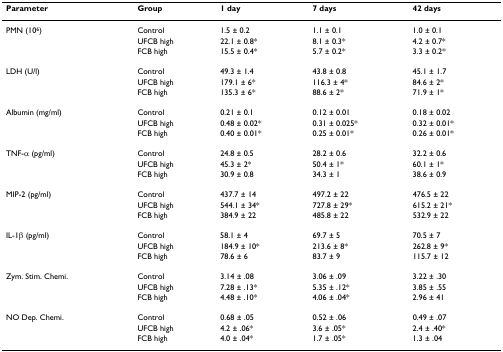
<table><thead><tr><td><b>Parameter</b></td><td><b>Group</b></td><td><b>1 day</b></td><td><b>7 days</b></td><td><b>42 days</b></td></tr></thead><tbody><tr><td>PMN (10<sup>6</sup>)</td><td>Control</td><td>1.5 ± 0.2</td><td>1.1 ± 0.1</td><td>1.0 ± 0.1</td></tr><tr><td></td><td>UFCB high</td><td>22.1 ± 0.8*</td><td>8.1 ± 0.3*</td><td>4.2 ± 0.7*</td></tr><tr><td></td><td>FCB high</td><td>15.5 ± 0.4*</td><td>5.7 ± 0.2*</td><td>3.3 ± 0.2*</td></tr><tr><td>LDH (U/l)</td><td>Control</td><td>49.3 ± 1.4</td><td>43.8 ± 0.8</td><td>45.1 ± 1.7</td></tr><tr><td></td><td>UFCB high</td><td>179.1 ± 6*</td><td>116.3 ± 4*</td><td>84.6 ± 2*</td></tr><tr><td></td><td>FCB high</td><td>135.3 ± 6*</td><td>88.6 ± 2*</td><td>71.9 ± 1*</td></tr><tr><td>Albumin (mg/ml)</td><td>Control</td><td>0.21 ± 0.1</td><td>0.12 ± 0.01</td><td>0.18 ± 0.02</td></tr><tr><td></td><td>UFCB high</td><td>0.48 ± 0.02*</td><td>0.31 ± 0.025*</td><td>0.32 ± 0.01*</td></tr><tr><td></td><td>FCB high</td><td>0.40 ± 0.01*</td><td>0.25 ± 0.01*</td><td>0.26 ± 0.01*</td></tr><tr><td>TNF-α (pg/ml)</td><td>Control</td><td>24.8 ± 0.5</td><td>28.2 ± 0.6</td><td>32.2 ± 0.6</td></tr><tr><td></td><td>UFCB high</td><td>45.3 ± 2*</td><td>50.4 ± 1*</td><td>60.1 ± 1*</td></tr><tr><td></td><td>FCB high</td><td>30.9 ± 0.8</td><td>34.3 ± 1</td><td>38.6 ± 0.9</td></tr><tr><td>MIP-2 (pg/ml)</td><td>Control</td><td>437.7 ± 14</td><td>497.2 ± 22</td><td>476.5 ± 22</td></tr><tr><td></td><td>UFCB high</td><td>544.1 ± 34*</td><td>727.8 ± 29*</td><td>615.2 ± 21*</td></tr><tr><td></td><td>FCB high</td><td>384.9 ± 22</td><td>485.8 ± 22</td><td>532.9 ± 22</td></tr><tr><td>IL-1β (pg/ml)</td><td>Control</td><td>58.1 ± 4</td><td>69.7 ± 5</td><td>70.5 ± 7</td></tr><tr><td></td><td>UFCB high</td><td>184.9 ± 10*</td><td>213.6 ± 8*</td><td>262.8 ± 9*</td></tr><tr><td></td><td>FCB high</td><td>78.6 ± 6</td><td>83.7 ± 9</td><td>115.7 ± 12</td></tr><tr><td>Zym. Stim. Chemi.</td><td>Control</td><td>3.14 ± .08</td><td>3.06 ± .09</td><td>3.22 ± .30</td></tr><tr><td></td><td>UFCB high</td><td>7.28 ± .13*</td><td>5.35 ± .12*</td><td>3.85 ± .55</td></tr><tr><td></td><td>FCB high</td><td>4.48 ± .10*</td><td>4.06 ± .04*</td><td>2.96 ± 41</td></tr><tr><td>NO Dep. Chemi.</td><td>Control</td><td>0.68 ± .05</td><td>0.52 ± .06</td><td>0.49 ± .07</td></tr><tr><td></td><td>UFCB high</td><td>4.2 ± .06*</td><td>3.6 ± .05*</td><td>2.4 ± .40*</td></tr><tr><td></td><td>FCB high</td><td>4.0 ± .04*</td><td>1.7 ± .05*</td><td>1.3 ± .04</td></tr></tbody></table>